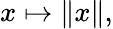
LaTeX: x\mapsto\| x\| ,